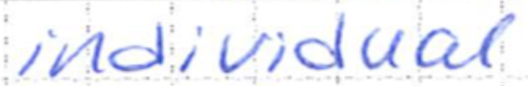
Text: individual
Cross-out: clean
Writing tool: ballpoint